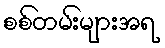
စစ်တမ်းများအရ